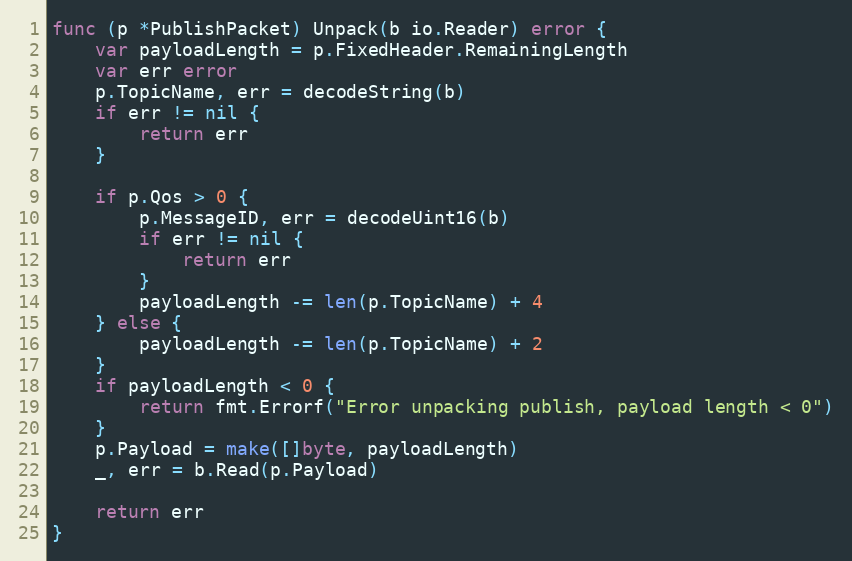
Language: Go
func (p *PublishPacket) Unpack(b io.Reader) error {
	var payloadLength = p.FixedHeader.RemainingLength
	var err error
	p.TopicName, err = decodeString(b)
	if err != nil {
		return err
	}

	if p.Qos > 0 {
		p.MessageID, err = decodeUint16(b)
		if err != nil {
			return err
		}
		payloadLength -= len(p.TopicName) + 4
	} else {
		payloadLength -= len(p.TopicName) + 2
	}
	if payloadLength < 0 {
		return fmt.Errorf("Error unpacking publish, payload length < 0")
	}
	p.Payload = make([]byte, payloadLength)
	_, err = b.Read(p.Payload)

	return err
}